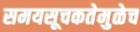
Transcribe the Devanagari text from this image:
समयसूचकतेमुळेच